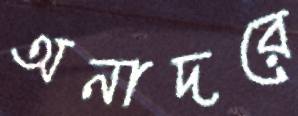
অনাদরে